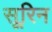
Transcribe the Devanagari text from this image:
सूरिन